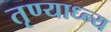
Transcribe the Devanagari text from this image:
तृण्याध्न्य